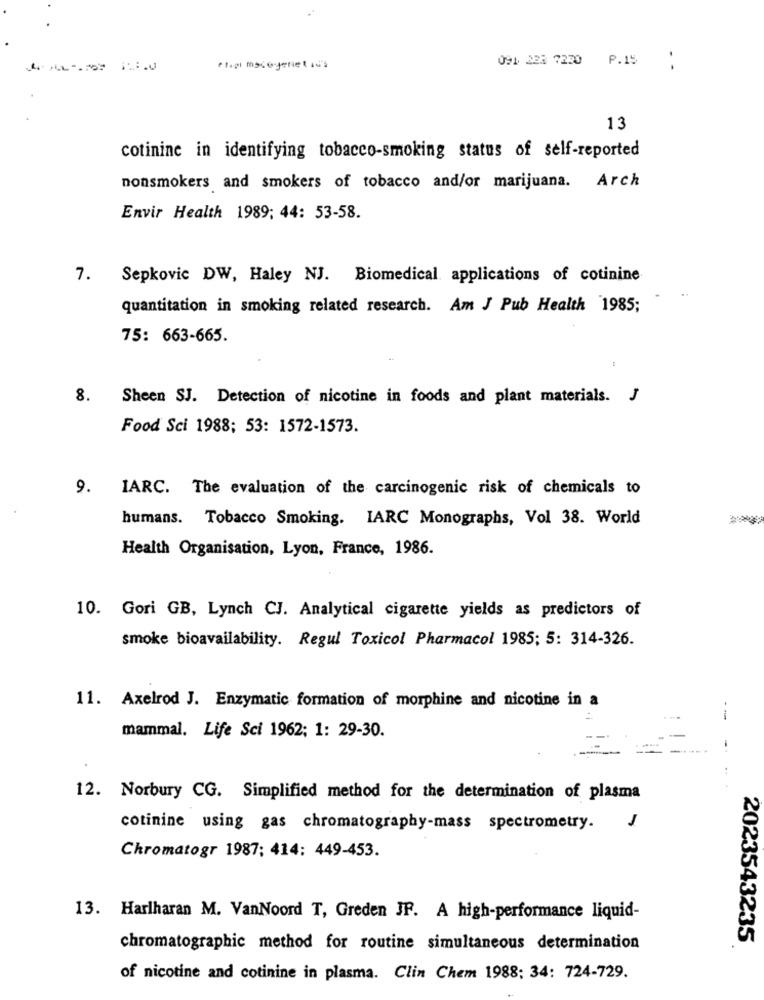
091 223 7220 P.15
13
cotinine in identifying tobacco-smoking status of self-reported
nonsmokers and smokers of tobacco and/or marijuana. Arch
Envir Health 1989; 44: 53-58.
7. Sepkovic DW, Haley NJ. Biomedical applications of cotinine
quantitation in smoking related research. Am J Pub Health 1985;
75: 663-665.
8. Sheen SJ. Detection of nicotine in foods and plant materials. J
Food Sci 1988; 53: 1572-1573.
9. IARC. The evaluation of the carcinogenic risk of chemicals to
humans. Tobacco Smoking. IARC Monographs, Vol 38. World
-
Health Organisation, Lyon, France, 1986.
10. Gori GB, Lynch CJ. Analytical cigarette yields as predictors of
smoke bioavailability. Regul Toxicol Pharmacol 1985; 5: 314-326.
11. Axelrod J. Enzymatic formation of morphine and nicotine in a
mammal. Life Sci 1962; 1: 29-30.
12. Norbury CG. Simplified method for the determination of plasma
1
cotinine using gas chromatography-mass spectrometry.
Chromatogr 1987; 414: 449-453.
13. Harlharan M. VanNoord T, Greden JF. A high-performance liquid-
2023543235
chromatographic method for routine simultaneous determination
of nicotine and cotinine in plasma. Clin Chem 1988; 34: 724-729.